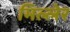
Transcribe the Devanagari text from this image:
मिल्लेर